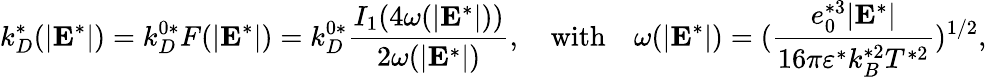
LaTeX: k_{D}^{*}(|\mathbf{E}^{*}|)=k_{D}^{0*}F(|\mathbf{E}^{*}|)=k_{D}^{0*}\frac{I_{1}(4\omega(|\mathbf{E}^{*}|))}{2\omega(|\mathbf{E}^{*}|)},\ \ \ \ \mathrm{with}\ \ \ \ \omega(|\mathbf{E}^{*}|)=(\frac{e_{0}^{*3}|\mathbf{E}^{*}|}{16\pi\varepsilon^{*}k_{B}^{*2}T^{*2}})^{1/2},